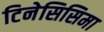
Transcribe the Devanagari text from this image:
टिनेसिसिमा